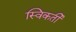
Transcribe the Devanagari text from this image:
स्विकर्ती